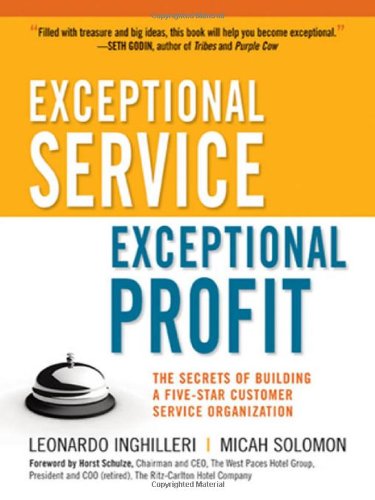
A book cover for Exceptional Service, Exceptional Profit: The Secrets of Building a Five-Star Customer Service Organization; Leonardo Inghilleri; Business & Money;